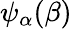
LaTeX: \psi_{\alpha}(\beta)